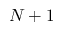
N + 1